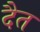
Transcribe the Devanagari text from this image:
दैत